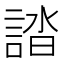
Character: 誻